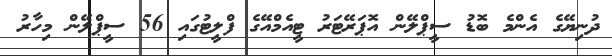
ދުނިޔޭގެ އެންމެ ބޮޑު ސީޕްލޭން އޮޕަރޭޓަރު ޓީއެމްއޭގެ ފްލީޓުގައި 56 ސީޕްލޭން މިހާރު